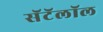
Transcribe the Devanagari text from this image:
सॅटॅलॉल